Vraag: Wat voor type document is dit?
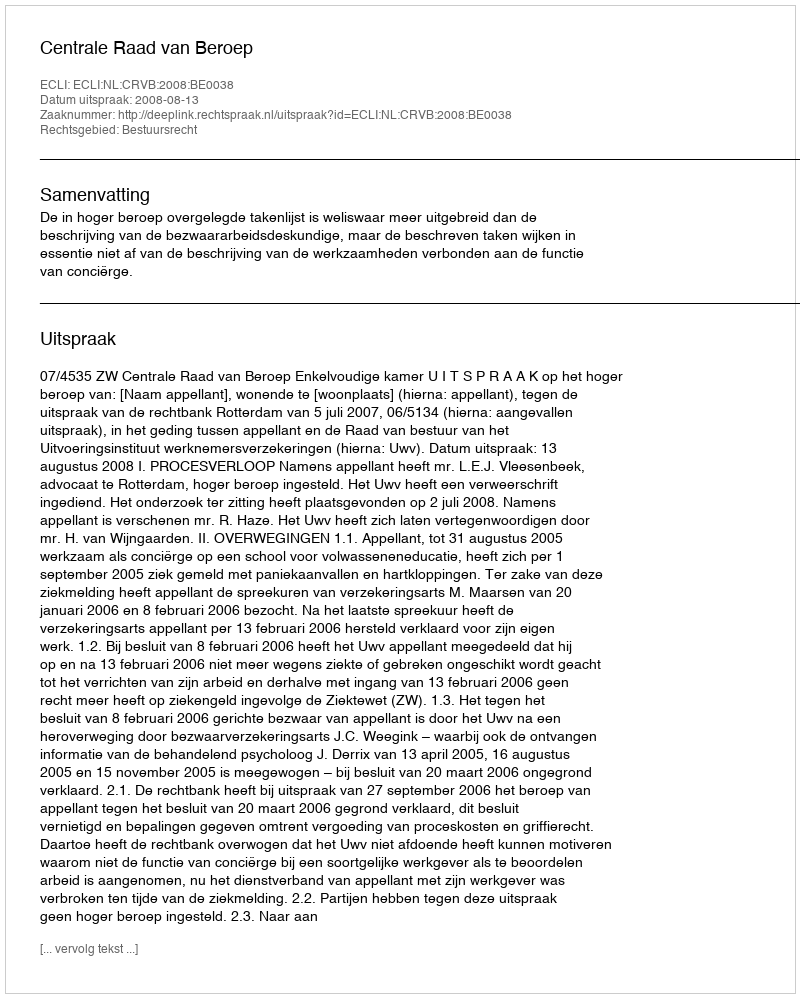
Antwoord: Uitspraak